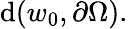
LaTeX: \mathrm{d}(w_{0},\partial\Omega).